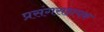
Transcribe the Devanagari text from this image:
प्रसंगसहायक